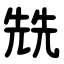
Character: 兟